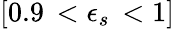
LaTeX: [0.9\, <\epsilon_{s}\, <1]